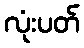
လုံးပတ်